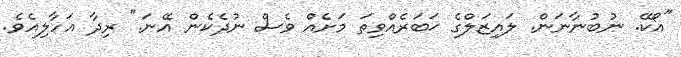
"އޯކޭ. ނުބުނާނަން. ލައިޒަލްގެ ޚަބަރެއްވިތަ މަށެއް ވެސް ނުދެކެން އޭނަ." ރިދާ އަހާލިއެވެ.